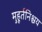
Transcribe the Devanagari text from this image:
मुहूर्तनिश्चय